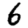
Digit: 6